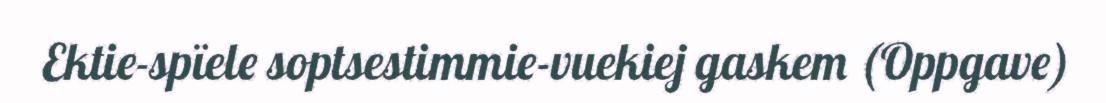
Ektie-spïele soptsestimmie-vuekiej gaskem (Oppgave)